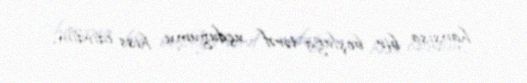
hansısa bir boşluğa tərəf uçduğumu hiss edirdim.